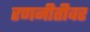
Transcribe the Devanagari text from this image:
रणनीतीवर